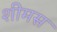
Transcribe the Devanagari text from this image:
शीमस